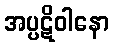
အပ္ပဋိဝါနော